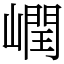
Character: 㠈